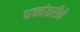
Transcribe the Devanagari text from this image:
धन्वंतरीचे